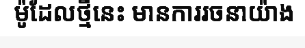
ម៉ូដែលថ្មីនេះ មានការរចនាយ៉ាង